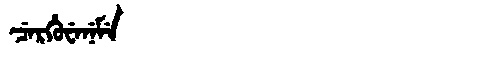
Manchu: ᠴᡝᡵᡥᡠᠸᡝᠨᡝᠮᡝ
Romanization: CERHUWENEME